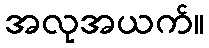
အလုအယက်။